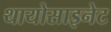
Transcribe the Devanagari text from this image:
थायोसाइनेट